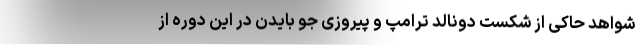
شواهد حاکی از شکست دونالد ترامپ و پیروزی جو بایدن در این دوره از